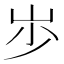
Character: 𡵯